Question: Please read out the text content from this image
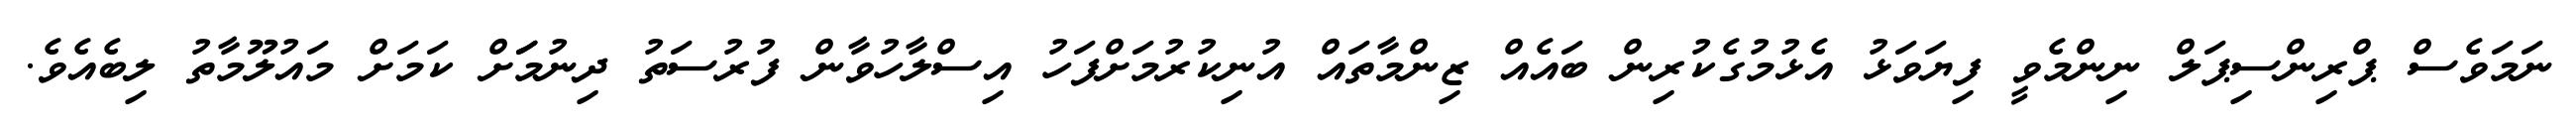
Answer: ނަމަވެސް ޕްރިންސިޕަލް ނިންމެވީ ފިޔަވަޅު އެޅުމުގެކުރިން ބައެއް ޒިންމާތައް އުނިކުރުމަށްފަހު އިސްލާހުވާން ފުރުސަތު ދިނުމަަށް ކަމަށް މައުލޫމާތު ލިބެއެވެ.